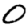
Digit: 0